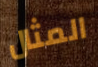
المثال